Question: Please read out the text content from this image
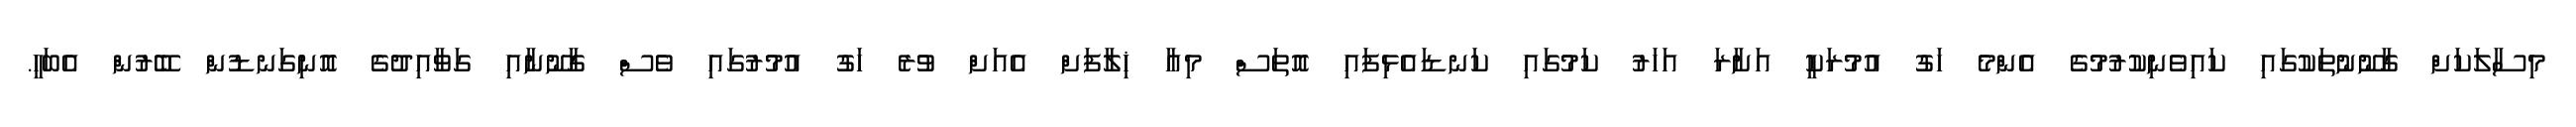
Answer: މިސާލަކަށް ގާނޫނުތަކުގައި ކައިވެނިކުރުމުގެ އެންމެ ހަގު އުމުރަކީ އަށާރަ އަހަރު ކަމުގައި ކަނޑައެޅިފައި އޮތަސް މިއާ ޚިލާފަށް އެއަށް ވުރެ ހަގު އުމުރުގައި ވެސް ގާނޫނާއި ގަވާއިދުގެ އޮނިގަނޑުން ބޭރުން އެބަހީ.